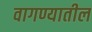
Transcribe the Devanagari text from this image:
वागण्यातील